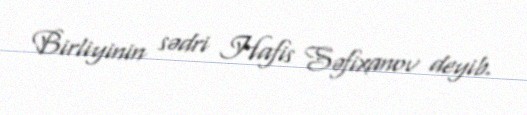
Birliyinin sədri Hafis Səfixanov deyib.